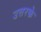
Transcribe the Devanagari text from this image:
उत्तरके